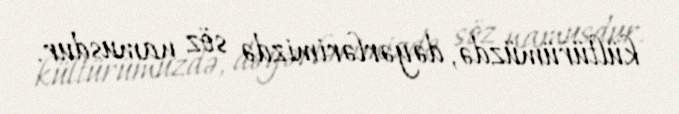
kültürümüzdə, dəyərlərimizdə söz namusdur.